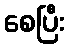
စေပြီး